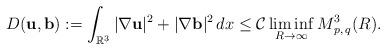
LaTeX: \begin{align*} D(\mathbf{u},\mathbf{b}):=\int_{\mathbb{R}^3}|\nabla \mathbf{u}|^2+|\nabla \mathbf{b}|^2 \, dx \leq \mathcal{C}\liminf_{R \rightarrow\infty}M^3_{\,p, \,q}(R). \end{align*}